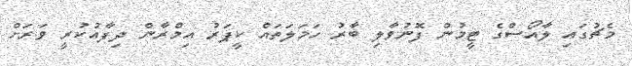
މެޗުގައި ލާއޯސްގެ ޓީމުން ފޮނުވާލި ބާރު ހަމަލަތައް ކީޕަރު އިމްރާން ދިފާއުކުރީ ވަރަށް